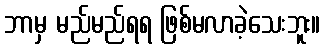
ဘာမှ မည်မည်ရရ ဖြစ်မလာခဲ့သေးဘူး။